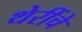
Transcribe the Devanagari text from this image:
थेरींचे